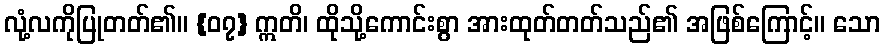
လုံ့လကိုပြုတတ်၏။ {၀၇} ဣတိ၊ ထိုသို့ကောင်းစွာ အားထုတ်တတ်သည်၏ အဖြစ်ကြောင့်။ သော